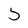
Character: 5